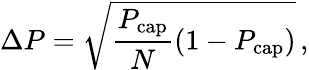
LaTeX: \Delta P=\sqrt{\frac{P_{\mathrm{cap}}}{N}\left(1-P_{\mathrm{cap}}\right)}\, ,